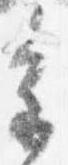
進